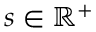
s \in \mathbb { R } ^ { + }